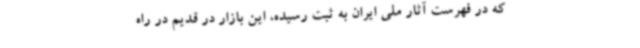
که در فهرست آثار ملی ایران به ثبت رسیده، این بازار در قدیم در راه